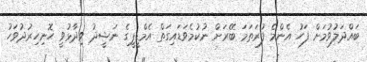
ބައްދަލުވުމަށް ފަހު އެންމެ ފުރަތަމަ ބޭރަށް ނުކުމެވަޑައިގަތް އެމްޑީޕީގެ ނަޝީދު ވިދާޅުވީ ހޮނިހިރުދުވަހު